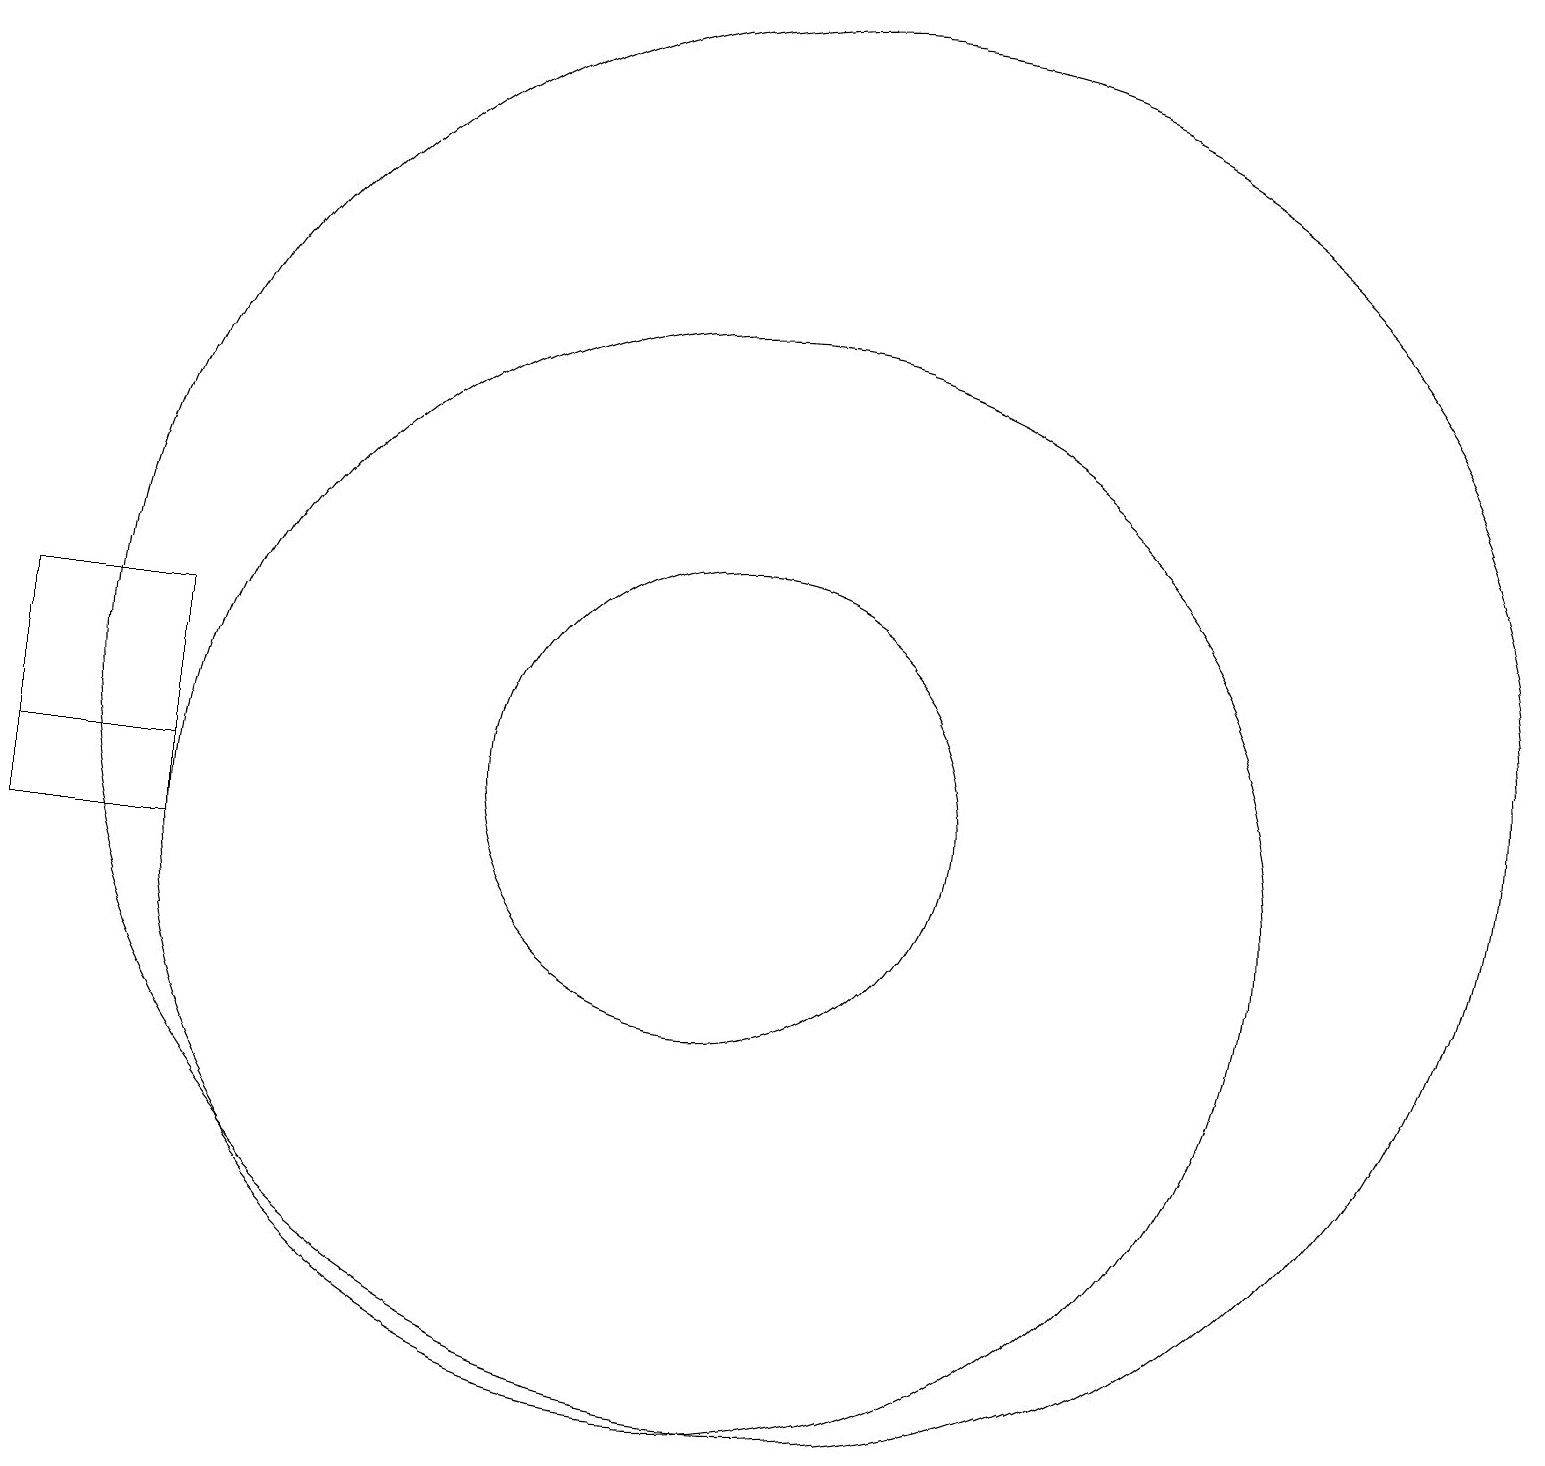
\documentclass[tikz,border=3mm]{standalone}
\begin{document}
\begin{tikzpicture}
\draw (10,10) circle (7);
\draw (11,12) circle (9);
\draw (10,11) circle (3);
\draw (3,10) rectangle (1,13);
\draw (3,11) rectangle (1,13);
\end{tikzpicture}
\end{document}